Vaccine operations Central Provinces 1900-1911 - 1900-1911
Year: 1900
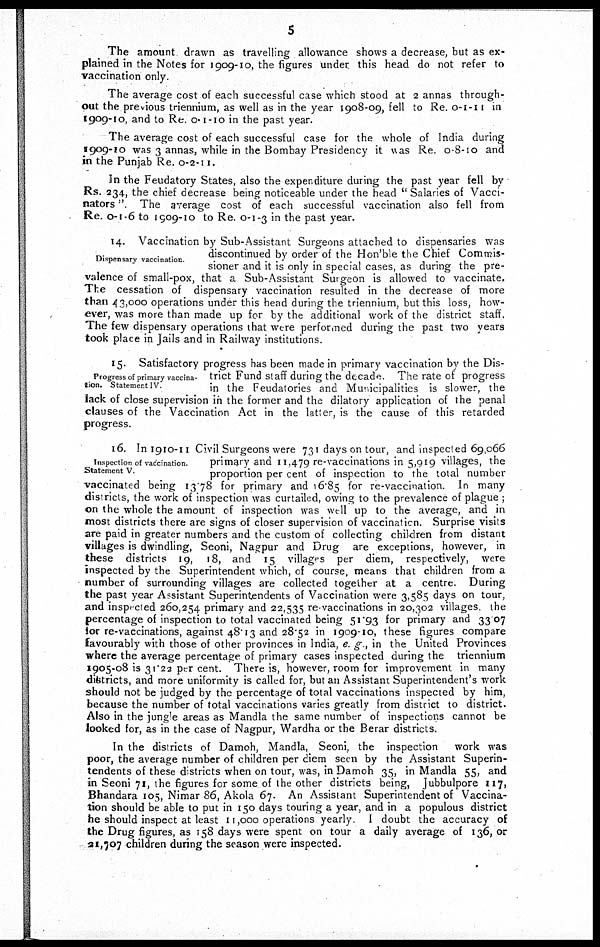
5
The amount drawn as travelling allowance shows a decrease, but as ex-
plained in the Notes for 1909-10, the figures under this head do not refer to
vaccination only.
The average cost of each successful case which stood at 2 annas through-
out the previous triennium, as well as in the year 1908-09, fell to Re. 0-1-11 in
1909-10, and to Re. 0-1-10 in the past year.
The average cost of each successful case for the whole of India during
1909-10 was 3 annas, while in the Bombay Presidency it was Re. 0-8-10 and
in the Punjab Re. 0-2-11.
In the Feudatory States, also the expenditure during the past year fell by
Rs. 234, the chief decrease being noticeable under the head " Salaries of Vacci-
nators ". The average cost of each successful vaccination also fell from
Re. 0-1-6 to 1909-10 to Re. 0-1-3 in the past year.
Dispensary vaccination
14. Vaccination by Sub-Assistant Surgeons attached to dispensaries was
discontinued by order of the Hon'ble the Chief Commis-
sioner and it is only in special cases, as during the pre-
valence of small-pox, that a Sub-Assistant Surgeon is allowed to vaccinate.
The cessation of dispensary vaccination resulted in the decrease of more
than 43,000 operations under this head during the triennium, but this loss, how-
ever, was more than made up for by the additional work of the district staff.
The few dispensary operations that were performed during the past two years
took place in Jails and in Railway institutions.
Progress of primary vaccina-
tion. Statement IV
15. Satisfactory progress has been made in primary vaccination by the Dis-
trict Fund staff during the decade. The rate of progress
in the Feudatories and Municipalities is slower, the
lack of close supervision in the former and the dilatory application of the penal
clauses of the Vaccination Act in the latter, is the cause of this retarded
progress
Inspection of vaccination
Statement V
16. In 1910-11 Civil Surgeons were 731 days on tour, and inspected 69,066
primary and 11,479 re-vaccinations in 5,919 villages, the
proportion per cent of inspection to the total number
vaccinated being 13.78 for primary and 16.85 for re-vaccination. In many
districts, the work of inspection was curtailed, owing to the prevalence of plague ;
on the whole the amount of inspection was well up to the average, and in
most districts there are signs of closer supervision of vaccination. Surprise visits
are paid in greater numbers and the custom of collecting children from distant
villages is dwindling, Seoni, Nagpur and Drug are exceptions, however, in
these districts 19, 18, and 15 villages per diem, respectively, were
inspected by the Superintendent which, of course, means that children from a
number of surrounding villages are collected together at a centre. During
the past year Assistant Superintendents of Vaccination were 3,585 days on tour,
and inspected 260,254 primary and 22,535 re vaccinations in 20,302 villages, the
percentage of inspection to total vaccinated being 51.93 for primary and 33.07
for re-vaccinations, against 48.13 and 28.52 in 1909-10, these figures compare
favourably with those of other provinces in India, e g , in the United Provinces
where the average percentage of primary cases inspected during the triennium
1905-08 is 31.22 per cent. There is, however, room for improvement in many
districts, and more uniformity is called for, but an Assistant Superintendent's work
should not be judged by the percentage of total vaccinations inspected by him,
because the number of total vaccinations varies greatly from district to district.
Also in the jungle areas as Mandla the same number of inspections cannot be
looked for, as in the case of Nagpur, Wardha or the Berar districts.
In the districts of Damoh, Mandla, Seoni, the inspection work was
poor, the average number of children per diem seen by the Assistant Superin-
tendents of these districts when on tour, was, in Damoh 35, in Mandla 55, and
in Seoni 71, the figures for some of the other districts being, Jubbulpore 117,
Bhandara 105, Nimar 86, Ako1a 67. An Assistant Superintendent of Vaccina-
tion should be able to put in 150 days touring a year, and in a populous district
he should inspect at least 11,000 operations yearly. I doubt the accuracy of
the Drug figures, as 158 days were spent on tour a daily average of 136, or
21,707 children during the season were inspected.